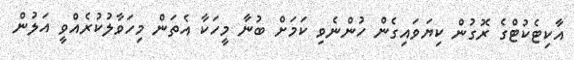
އާކިޓެކުޓްގެ ރޮގުން ކިޔަވައިގެން ހުންނެވި ކަމަށް ބުނާ މީހަކާ އެތަން މިހަވާލުކުރެއްވީ އަލުން